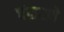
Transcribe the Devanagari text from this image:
चंद्रासवे